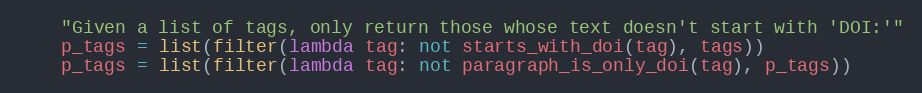
Language: Python
    "Given a list of tags, only return those whose text doesn't start with 'DOI:'"
    p_tags = list(filter(lambda tag: not starts_with_doi(tag), tags))
    p_tags = list(filter(lambda tag: not paragraph_is_only_doi(tag), p_tags))